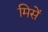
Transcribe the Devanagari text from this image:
मिसें